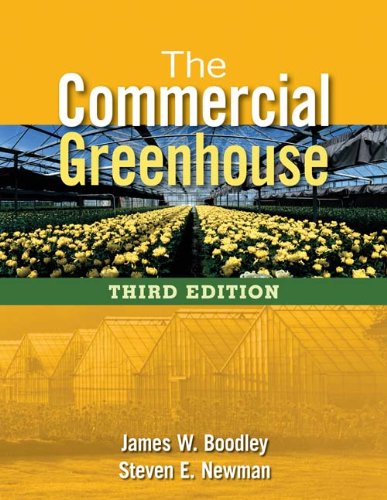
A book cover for The Commercial Greenhouse; James Boodley; Crafts, Hobbies & Home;